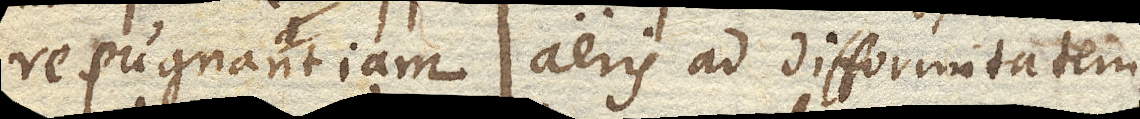
repugnantiam aeris ad difformitatem,